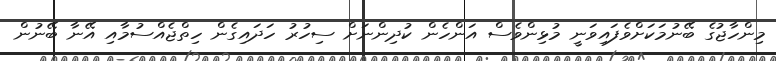
މިންހާޖުގެ ބޭނުމަކަށްވެފައިވަނީ މުޅިންވެސް އަންހެން ކުދިންނަށް ސިހުރު ހަދައިގެން ހިތްޖެއްސުމާއި އޭނާ ބޭނުން